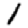
Digit: 1